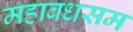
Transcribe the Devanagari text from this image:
महावधसम